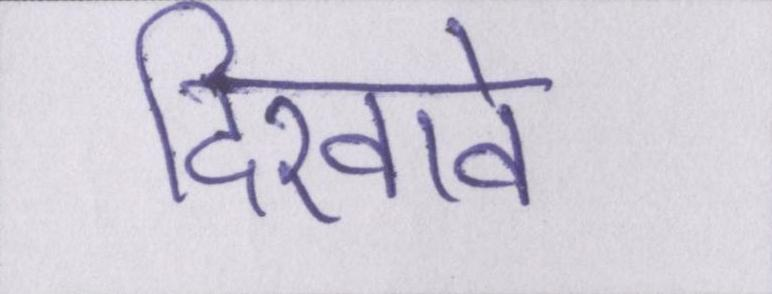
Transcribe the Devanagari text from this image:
दिखावे